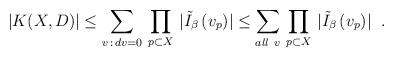
LaTeX: \begin{align*}\left. |K(X,D)| \leq \sum_{v \,: \, dv=0} \, \prod_{p \subset X}\, | \tilde{I}_{\beta} \, (v_{p}) | \leq \sum_{ all \ v} \,\prod_{p \subset X} \, | \tilde{I}_{\beta} \, (v_{p}) | \right. \ .\end{align*}